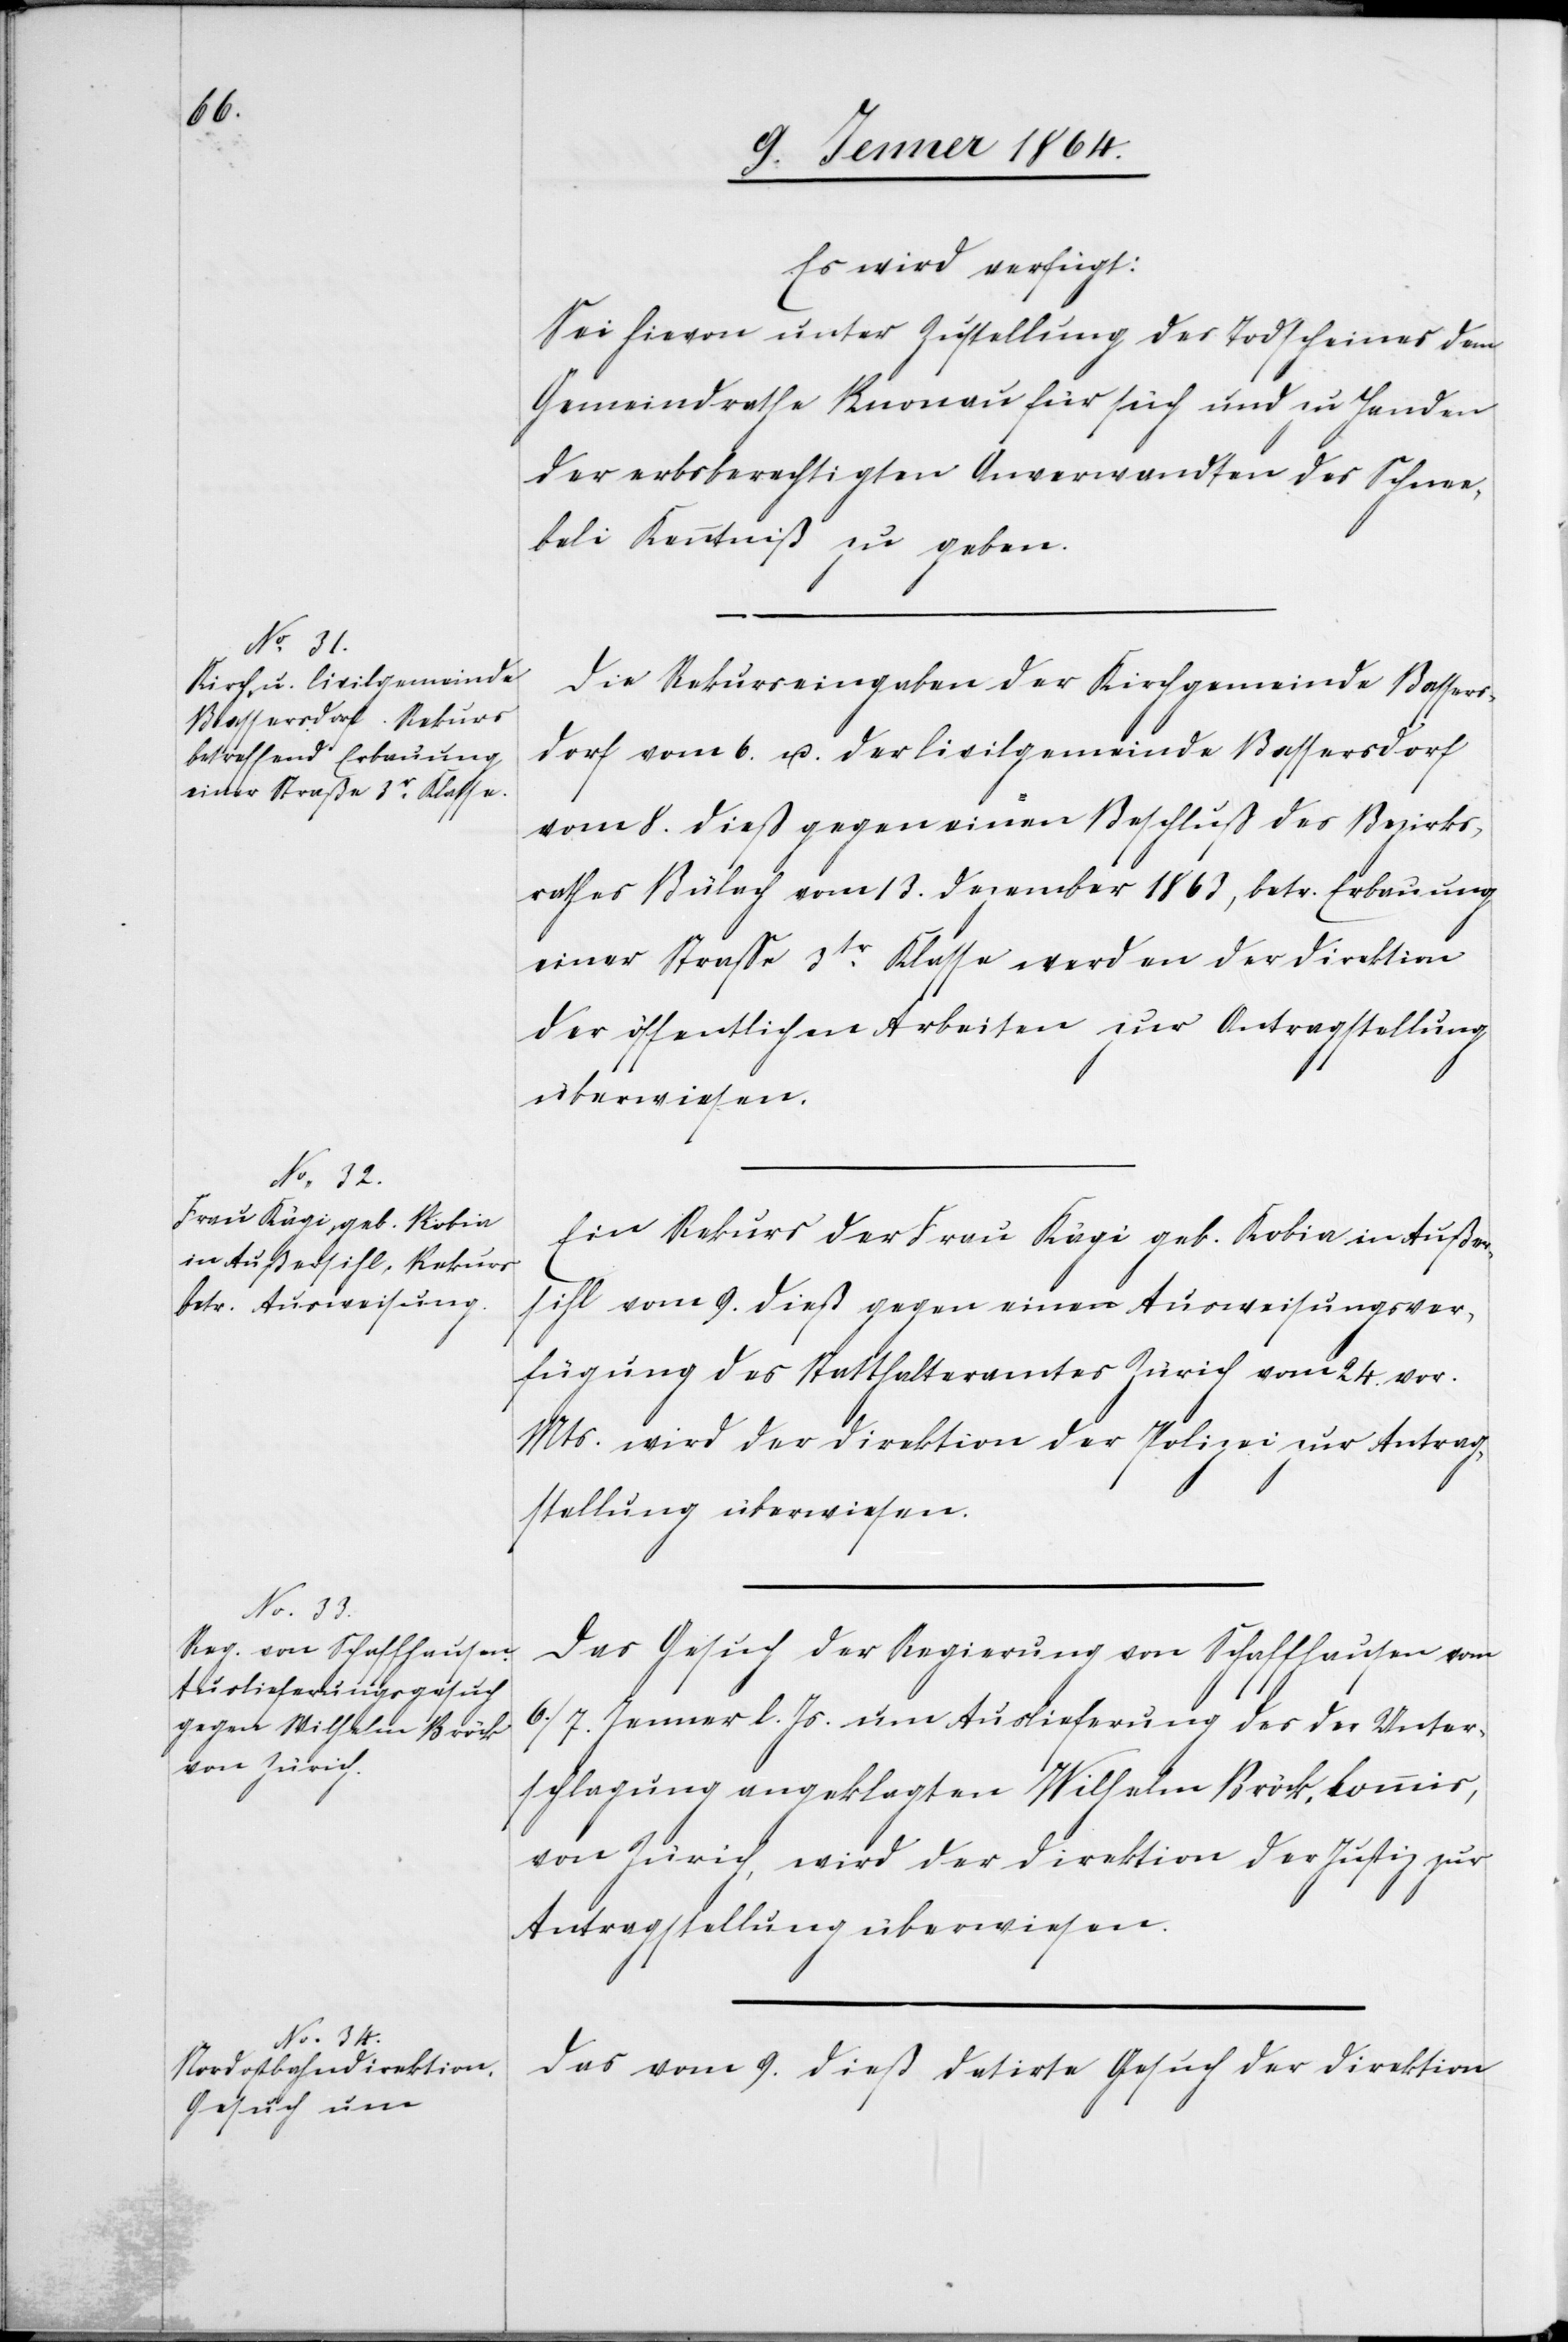
11. Jenner 1864.]
Es wird verfügt:
Sei hievon unter Zustellung des Todscheines dem
Gemeindrathe Knonau für sich und zu Handen
der erbsberechtigten Anverwandten des Schnee¬
beli Kenntniß zu geben.
Die Rekurseingaben der Kirchgemeinde Bassers¬
dorf vom 6. u. der Civilgemeinde Bassersdorf
vom 8. dieß gegen einen Beschluß des Bezirks¬
rathes Bülach vom 13. Dezember 1863, betr. Erbauung
einer Straße 3tr Klasse wurden der Direktion
der öffentlichen Arbeiten zur Antragstellung
überwiesen.
Ein Rekurs der Frau Kägi geb. Robin in Außer¬
sihl vom 9. dieß gegen eine Ausweisungsver¬
fügung des Statthalteramtes Zürich vom 24. vor.
Mts. wird der Direktion der Polizei zur Antrag¬
stellung überwiesen.
Das Gesuch der Regierung von Schaffhausen vom
6./7. Jenner l. Js. um Auslieferung des der Unter¬
schlagung angeklagten Wilhelm Bröck, Commis,
von Zürich, wird der Direktion der Justiz zur
Antragstellung überwiesen.
Das vom 9. dieß datirte Gesuch der Direktion